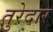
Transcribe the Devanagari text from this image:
तुरेदार